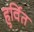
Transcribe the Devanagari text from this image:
हुर्वित